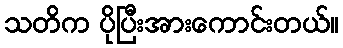
သတိက ပိုပြီးအားကောင်းတယ်။